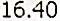
16.40